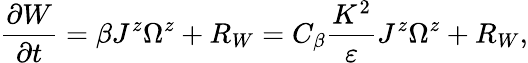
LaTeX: \frac{\partial W}{\partial t}=\beta J^{z}\Omega^{z}+R_{W}=C_{\beta}\frac{K^{2}}{\varepsilon}J^{z}\Omega^{z}+R_{W},